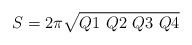
LaTeX: \begin{align*}S= 2\pi\sqrt{Q1 ~Q2 ~Q3 ~Q4}\end{align*}